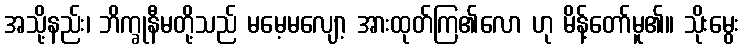
အသို့နည်း၊ ဘိက္ခုနီမတို့သည် မမေ့မလျော့ အားထုတ်ကြ၏လော ဟု မိန့်တော်မူ၏။ သိုးမွေး